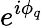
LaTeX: e^{i\phi_{q}}